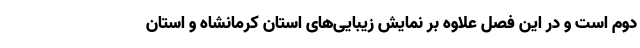
دوم است و در این فصل علاوه بر نمایش زیبایی‌های استان کرمانشاه و استان